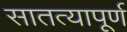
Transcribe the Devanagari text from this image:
सातत्यापूर्ण